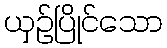
ယှဉ်ပြိုင်သော